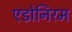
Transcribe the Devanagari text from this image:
एडोनिरम